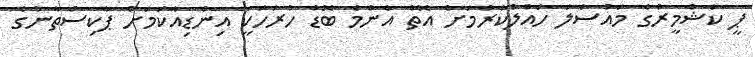
ޕީ ކަޝްމީރުގެ މައްސަލަ ހައްލުކުރުމަށް އޮތް އެންމެ ބޮޑު ހުރަހަކީ އިންޑިއާކަމަށް ޕާކިސްތާނުގެ